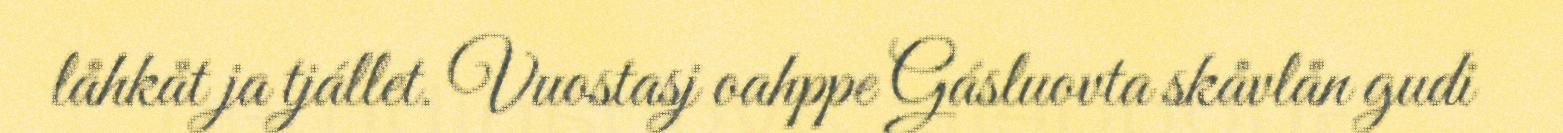
låhkåt ja tjállet. Vuostasj oahppe Gásluovta skåvlån gudi